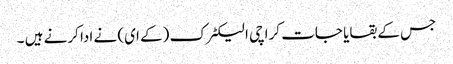
جس کے بقایا جات کراچی الیکٹرک (کے ای) نے ادا کرنے ہیں ۔